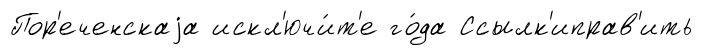
Пор'еченскаjа искл'ючи́т'е го́да Ссылк'иправ'ить